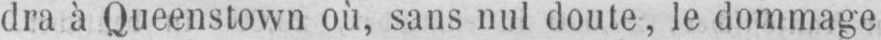
dra à Queenstown où, sans nul doute, le dommage